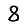
Digit: 8